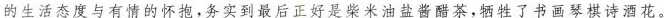
的生活态度与有情的怀抱，务实到最后正好是柴米油盐酱醋茶，牺牲了书画琴棋诗酒花。